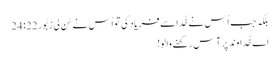
بلکہ جب اُس نے خُدا سے فریاد کی تو اُس نے سُن لی زبُور 22: 24
اَے خُداوند پر آس رکھنے والو!